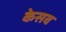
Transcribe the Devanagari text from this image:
केसव